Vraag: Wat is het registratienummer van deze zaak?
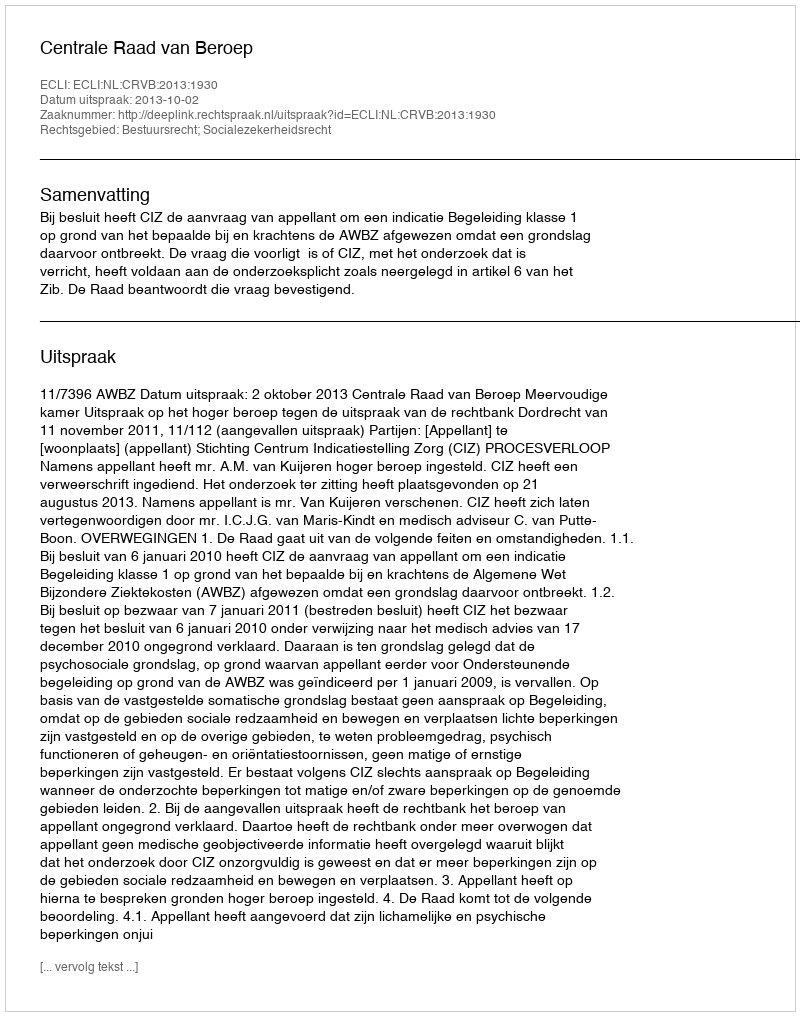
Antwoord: http://deeplink.rechtspraak.nl/uitspraak?id=ECLI:NL:CRVB:2013:1930